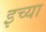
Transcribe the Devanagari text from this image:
इच्या